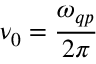
\nu _ { 0 } = \frac { \omega _ { q p } } { 2 \pi }